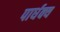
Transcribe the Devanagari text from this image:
पार्धक्य